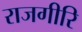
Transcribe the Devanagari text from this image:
राजगीरि